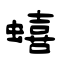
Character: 蟢